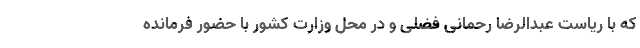
که با ریاست عبدالرضا رحمانی فضلی و در محل وزارت کشور با حضور فرمانده